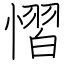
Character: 慴